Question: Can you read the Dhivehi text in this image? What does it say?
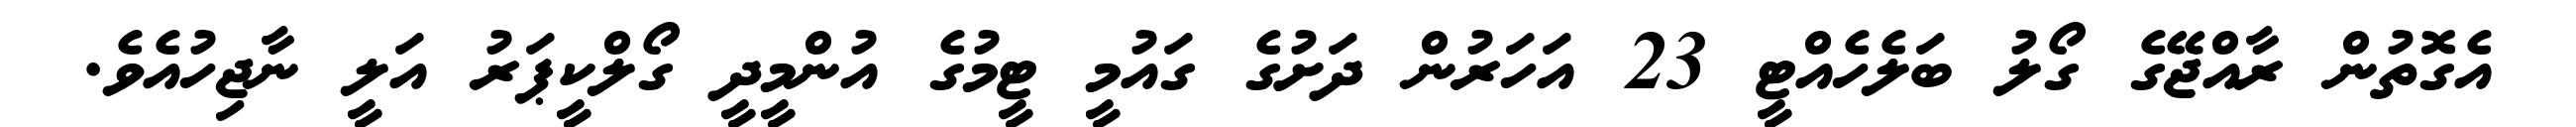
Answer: އެގޮތުން ރާއްޖޭގެ ގޯލު ބަލެހެއްޓީ 23 އަހަރުން ދަށުގެ ގައުމީ ޓީމުގެ އުންމީދީ ގޯލްކީޕަރު އަލީ ނާޖިހުއެވެ.